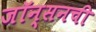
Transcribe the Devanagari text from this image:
जॉन्सनची